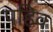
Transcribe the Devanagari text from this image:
पहिव